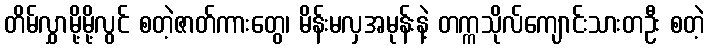
တိမ်လွှာမို့မို့လွင် စတဲ့ဇာတ်ကားတွေ၊ မိန်းမလှအမုန်းနဲ့ တက္ကသိုလ်ကျောင်းသားတဦး စတဲ့